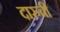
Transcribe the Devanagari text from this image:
दारुची